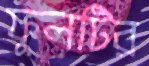
ফুলটির